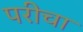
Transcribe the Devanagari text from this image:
परीचा